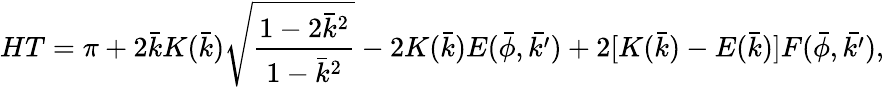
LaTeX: HT=\pi+2\bar{k}K(\bar{k})\sqrt{\frac{1-2\bar{k}^{2}}{1-\bar{k}^{2}}}-2K(\bar{k})E(\bar{\phi},\bar{k^{\prime}})+2[K(\bar{k})-E(\bar{k})]F(\bar{\phi},\bar{k^{\prime}}),